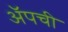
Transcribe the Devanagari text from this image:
ॲपची